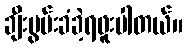
ချီးမွမ်းခံခဲ့ရဖူးပါတယ်။